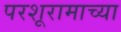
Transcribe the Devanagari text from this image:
परशूरामाच्या